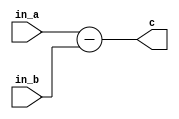
`timescale 1ns / 1ps

module SUBTR(
            input [3:0] in_a, in_b,
            output [3:0] c
            );

assign c = in_a - in_b;

endmodule